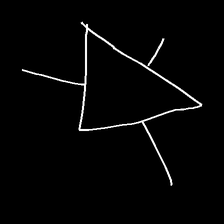
Glyph: fire